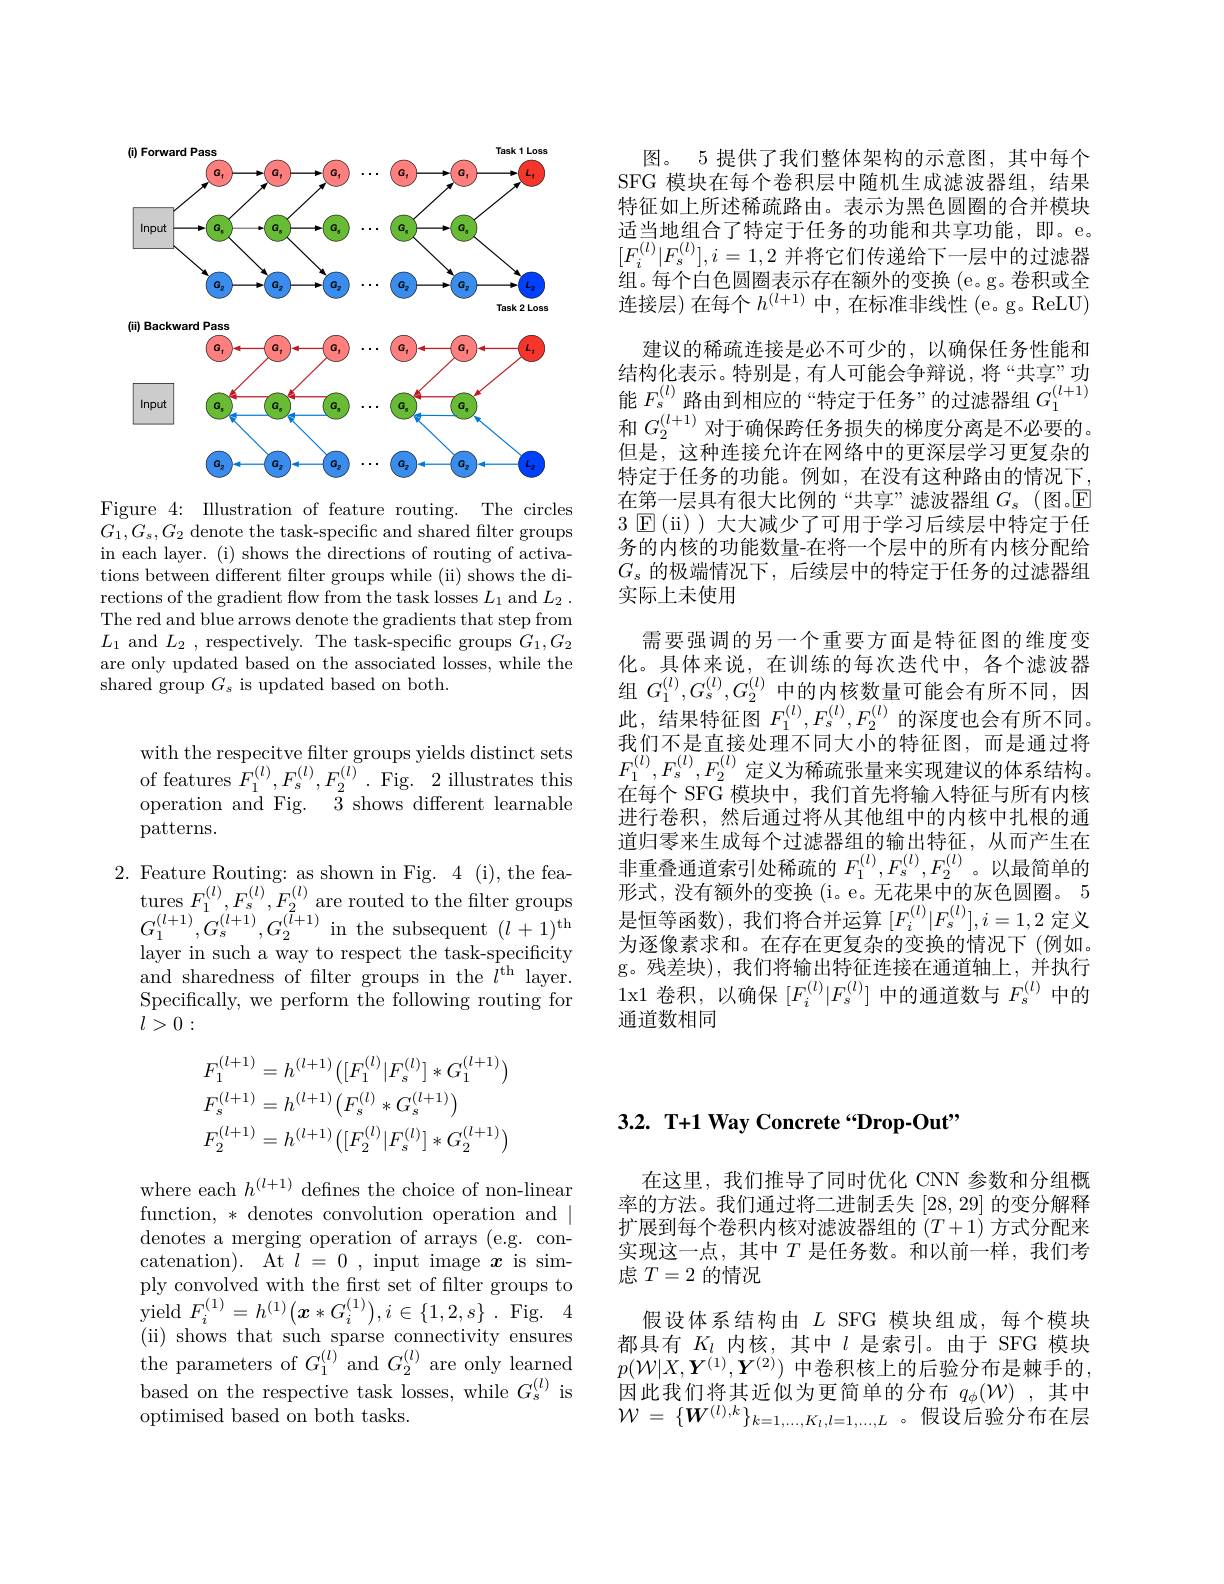
<FigureHere>

Figure 4: Illustration of feature routing. The circles $G_{1},G_{s},G_{2}$ denote the task-specific and shared filter groups in each layer. (i) shows the directions of routing of activations between different filter groups while (ii) shows the directions of the gradient flow from the task losses $L_1$ and $L_2$ . The red and blue arrows denote the gradients that step from $L_1$ and $L_2$ , respectively. The task-specific groups $G_1,G_2$ are only updated based on the associated losses, while the shared group $G_s$ is updated based on both.

图。5 提供了我们整体架构的示意图，其中每个SFG 模块在每个卷积层中随机生成滤波器组，结果特征如上所述稀疏路由。表示为黑色圆圈的合并模块适当地组合了特定于任务的功能和共享功能，即。e。$[F_i^{(l)}|F_s^{(l)}],i=1,2$并将它们传递给下一层中的过滤器组。每个白色圆圈表示存在额外的变换 (e。g。卷积或全连接层)在每个$h^(l+1)$中，在标准非线性 (e。g。ReLU)
建议的稀疏连接是必不可少的，以确保任务性能和结构化表示。特别是，有人可能会争辩说，将“共享”功能$F_s^{(l)}$路由到相应的“特定于任务”的过滤器组 $G_1^{(l+1)}$ 和 $G_2^{(l+1)}$ 对于确保跨任务损失的梯度分离是不必要的。但是，这种连接允许在网络中的更深层学习更复杂的特定于任务的功能。例如，在没有这种路由的情况下， 在第一层具有很大比例的“共享”滤波器组$G_s$ (图。$\overline{\mathbb{E}}$ 3 $\textcircled{\mathrm{E}}($ii) ) 大大减少了可用于学习后续层中特定于任务的内核的功能数量-在将一个层中的所有内核分配给$G_s$的极端情况下，后续层中的特定于任务的过滤器组实际上未使用
需要强调的另一个重要方面是特征图的维度变化。具体来说，在训练的每次迭代中，各个滤波器组$G_1^{(l)},G_s^{(l)},G_2^{(l)}$中的内核数量可能会有所不同，因此，结果特征图$F_1^{(l)},F_s^{(l)},F_2^{(l)}$的深度也会有所不同。我们不是直接处理不同大小的特征图，而是通过将$F_{1}^{(l)},F_{s}^{(l)},F_{2}^{(l)}$定义为稀疏张量来实现建议的体系结构。在每个 SFG 模块中，我们首先将输入特征与所有内核进行卷积，然后通过将从其他组中的内核中扎根的通道归零来生成每个过滤器组的输出特征，从而产生在非重叠通道索引处稀疏的$F_1^{(l)},F_s^{(l)},F_2^{(l)}$。以最简单的形式，没有额外的变换(i。e。无花果中的灰色圆圈。5是恒等函数),我们将合并运算$[F_i^{(l)}|F_s^{(l)}],i=1,2$定义为逐像素求和。在存在更复杂的变换的情况下(例如。g。残差块),我们将输出特征连接在通道轴上，并执行1x1 卷积，以确保$[F_i^{(l)}|F_s^{(l)}]$中的通道数与$F_s^{(l)}$中的通道数相同

with the respecitve filter groups yields distinct sets of features $F_1^{(l)},F_s^{(l)},F_2^{(l)}.$ Fig. 2 illustrates this operation and Fig. $\bar{3}$ shows different learnable patterns.

2. Feature Routing: as shown in Fig. 4 (i), the fea-
tures $F_1^{(l)},F_s^{(l)},F_2^{(l)}$ are routed to the filter groups $G_{1}^{(l+1)},G_{s}^{(l+1)},G_{2}^{(l+1)}$in the subsequent $(l+1)^\mathrm{th}$ layer in such a way to respect the task-specificity and sharedness of filter groups in the $l^\mathrm{th}$ layer. Specifically, we perform the following routing for $l>0:$
$$\begin{aligned}&F_{1}^{(l+1)}=h^{(l+1)}\big([F_{1}^{(l)}|F_{s}^{(l)}]*G_{1}^{(l+1)}\big)\\&F_{s}^{(l+1)}=h^{(l+1)}\big(F_{s}^{(l)}*G_{s}^{(l+1)}\big)\\&F_{2}^{(l+1)}=h^{(l+1)}\big([F_{2}^{(l)}|F_{s}^{(l)}]*G_{2}^{(l+1)}\big)\end{aligned}$$
where each $h^(l+1)$ defines the choice of non-linear function, * denotes convolution operation and | denotes a merging operation of arrays (e.g. concatenation). At $l=0$, input image $x$ is simply convolved with the frst set of filter groups to $\begin{array}{ll}{\mathrm{pr}}\\{\mathrm{yield~}F_{i}^{(1)}=h^{(1)}\big(\boldsymbol{x}*G_{i}^{(1)}\big),i\in\{1,2,s\}.\mathrm{Fig.}}\end{array}$ (ii) shows that such sparse connectivity ensures the parameters of $G_1^{(l)}$ and $G_2^{(l)}$ are only learned based on the respective task losses, while $G_{\mathrm{s}}^{(l)}$ is optimised based on both tasks.

## 3.2. T+1 Way Concrete“Drop-Out”

在这里，我们推导了同时优化 CNN 参数和分组概率的方法。我们通过将二进制丢失[28,29]的变分解释扩展到每个卷积内核对滤波器组的$(T+1)$方式分配来实现这一点，其中$T$是任务数。和以前一样，我们考虑$T=2$的情况
假设体系结构由$L$ SFG 模块组成，每个模块都具有$K_l$内核，其中$l$是索引。由于 SFG 模块$p(\mathcal{W}|X,\boldsymbol{Y}^{(1)},\boldsymbol{Y}^{(2)})$ 中卷积核上的后验分布是棘手的， $\begin{array}{l}\text{因此我们将其近似为更简单的分布}&q_\phi(\mathcal{W})&,\text{其中}\\\mathcal{W}=\{\boldsymbol{W}^{(l),k}\}_{k=1,\ldots,K_l,l=1,\ldots,L}&\text{。假设后验分布在层}\end{array}$